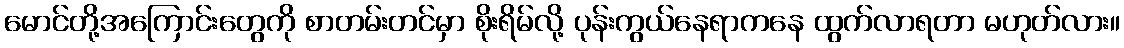
မောင်တို့အကြောင်းတွေကို စာတမ်းတင်မှာ စိုးရိမ်လို့ ပုန်းကွယ်နေရာကနေ ထွက်လာရတာ မဟုတ်လား။